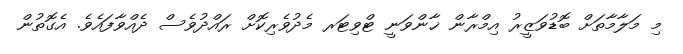
މި މަލާމާތަށް ބޮޑުވަޒީރު އިމްރާން ޚާންވަނީ ޓްވިޓަރ މެދުވެރިކޮށް ރައްދުވެސް ދެއްވާފައެވެ. އެގޮތުން